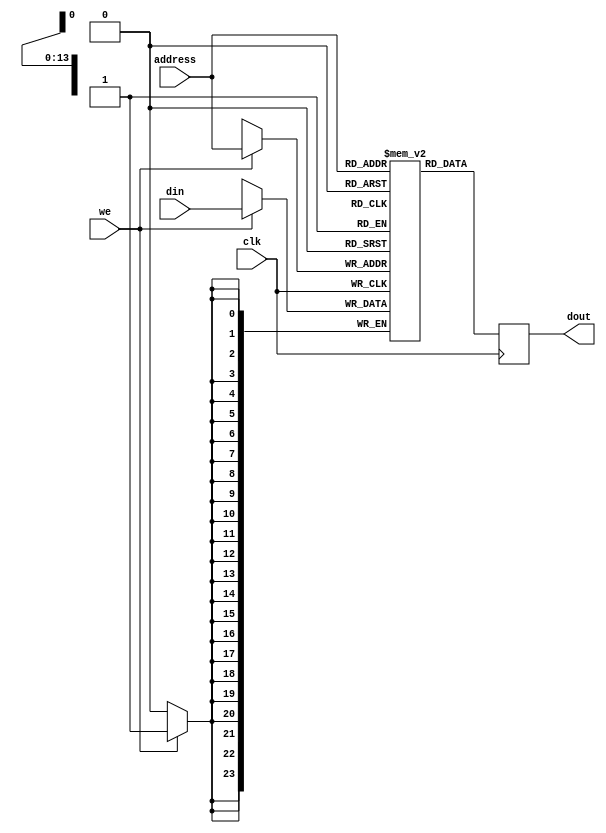
module  mb #(parameter wel= 24, size = 10000)( input clk,we,input [0:wel - 1]din,input [0:$clog2(size) - 1]address,output  reg [0:wel - 1] dout);

   reg [0:wel - 1] mem [0:size - 1];
    always @(posedge clk) begin
        if (we)
            mem[address] <= din;
        dout <= mem[address];
   end
endmodule